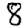
Digit: 8